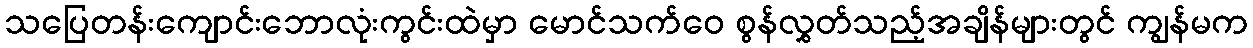
သပြေတန်းကျောင်းဘောလုံးကွင်းထဲမှာ မောင်သက်ဝေ စွန်လွှတ်သည့်အချိန်များတွင် ကျွန်မက